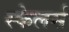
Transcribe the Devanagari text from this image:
स्केलर्स